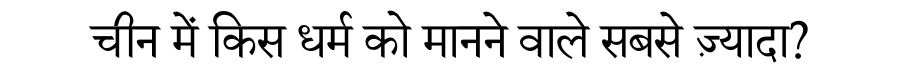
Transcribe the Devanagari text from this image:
चीन में किस धर्म को मानने वाले सबसे ज़्यादा?